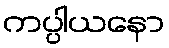
ကပ္ပါယနော